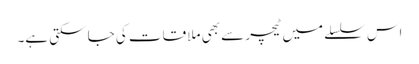
اس سلسلے میں ٹیچر سے بھی ملا قات کی جا سکتی ہے۔